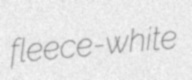
fleece-white